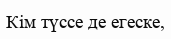
Кім түссе де егеске,